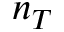
n _ { T }